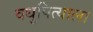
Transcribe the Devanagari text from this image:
वधुपित्याला